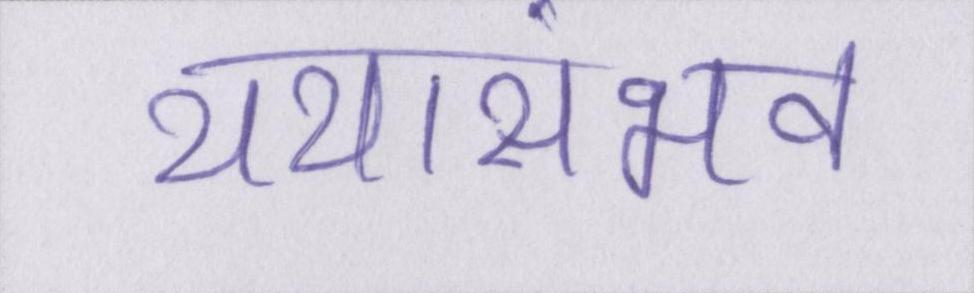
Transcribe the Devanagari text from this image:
यथासंभव